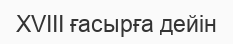
XVIII ғасырға дейін